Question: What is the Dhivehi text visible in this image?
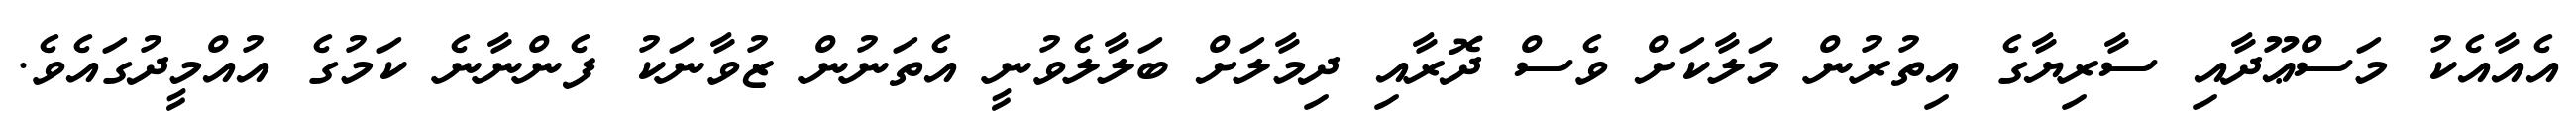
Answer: އެއާއެކު މަސްޢޫދާއި ސާރިޔާގެ އިތުރުން މަލާކަށް ވެސް ދޮރާއި ދިމާލަށް ބަލާލެވުނީ އެތަނުން ޒުވާނަކު ފެންނާނެ ކަމުގެ އުއްމީދުގައެވެ.